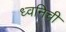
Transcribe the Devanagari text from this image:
ध्वनिची